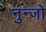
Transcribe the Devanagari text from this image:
नुन्जो